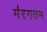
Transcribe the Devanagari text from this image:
म॑रगतम